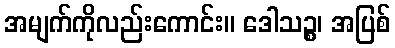
အမျက်ကိုလည်းကောင်း။ ဒေါသဉ္စ၊ အပြစ်